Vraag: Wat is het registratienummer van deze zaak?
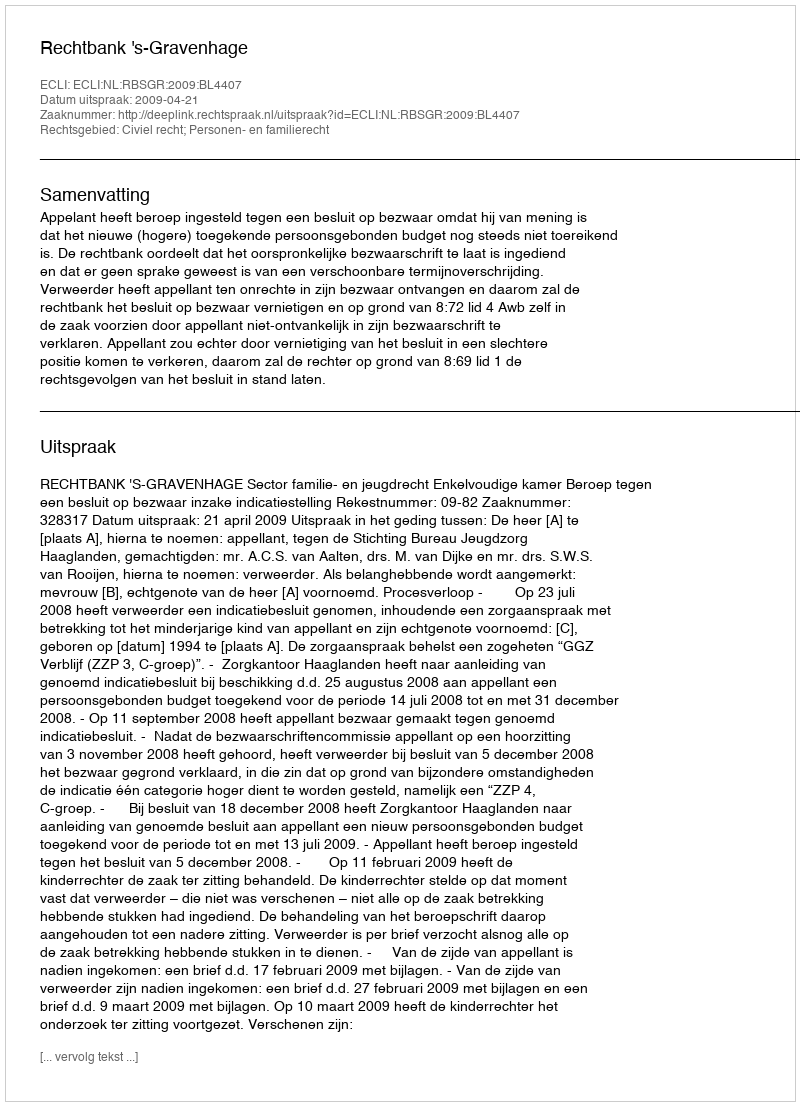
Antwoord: http://deeplink.rechtspraak.nl/uitspraak?id=ECLI:NL:RBSGR:2009:BL4407